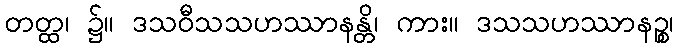
တတ္ထ၊ ၌။ ဒသဝီသသဟဿာနန္တိ၊ ကား။ ဒသသဟဿာနဉ္စ၊